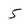
Character: 5